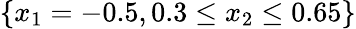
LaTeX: \{ x_{1}=-0.5,0.3\leq x_{2}\leq 0.65\}